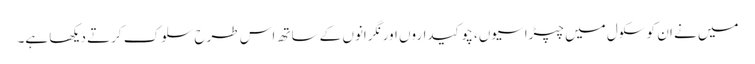
میں نے ان کو سکول میں چپڑاسیوں، چوکیداروں اور نگرانوں کے ساتھ اس طرح سلوک کرتے دیکھا ہے۔